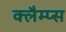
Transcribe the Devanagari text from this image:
क्लैम्प्स